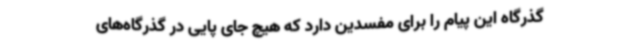
گذرگاه این پیام را برای مفسدین دارد که هیچ جای پایی در گذرگاه‌های